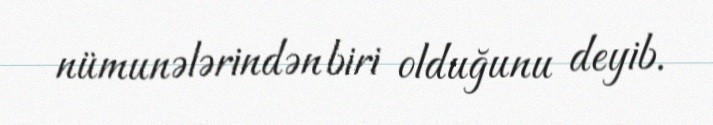
nümunələrindən biri olduğunu deyib.